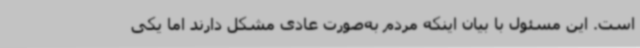
است. این مسئول با بیان اینکه مردم به‌صورت عادی مشکل دارند اما یکی